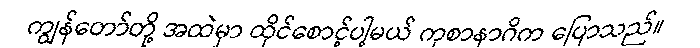
ကျွန်တော်တို့ အထဲမှာ ထိုင်စောင့်ပါ့မယ် ကုစာနာဂိက ပြောသည်။